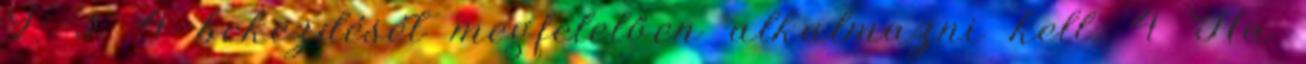
9. § 4 bekezdését megfelelően alkalmazni kell. 4 Ha